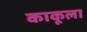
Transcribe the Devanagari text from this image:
काकूला